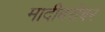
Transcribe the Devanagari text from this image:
मादीबरोबर